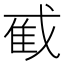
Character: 𫻼